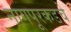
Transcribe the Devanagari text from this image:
नागपूरकडचे